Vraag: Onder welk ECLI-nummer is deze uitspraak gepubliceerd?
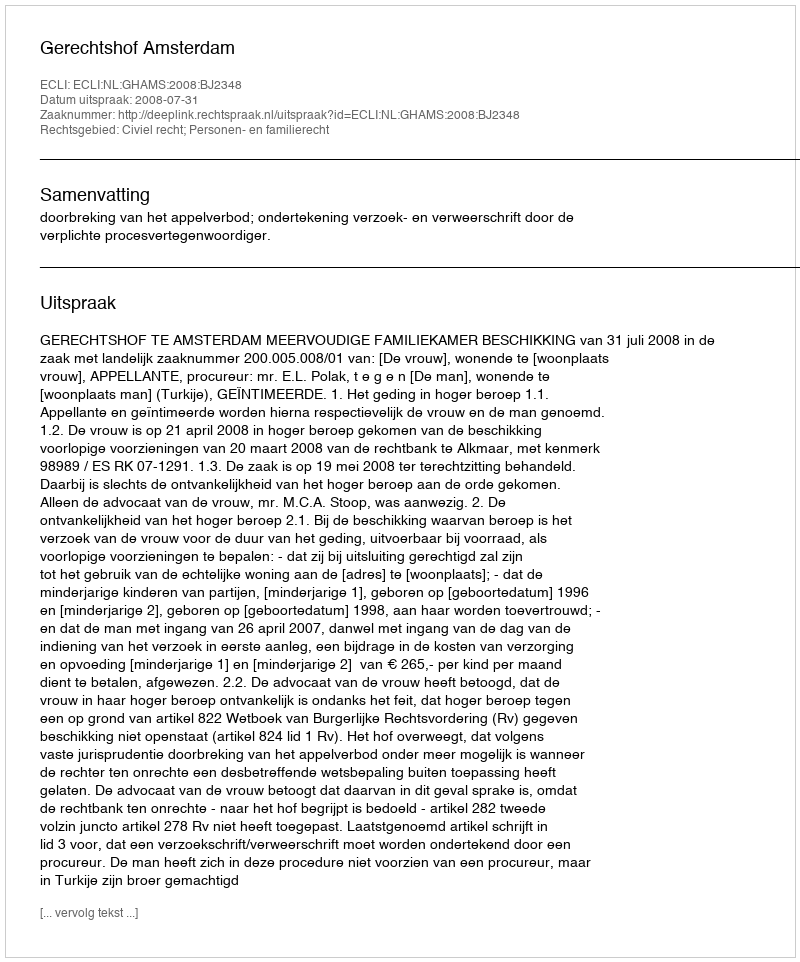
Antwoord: ECLI:NL:GHAMS:2008:BJ2348